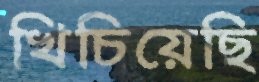
খিচিয়েছি